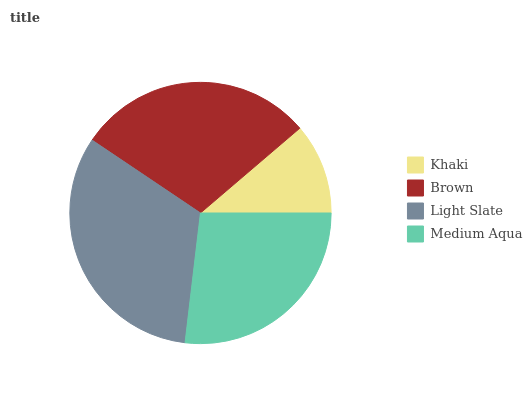
| Khaki | Brown | Light Slate | Medium Aqua |
 | --- | --- | --- | --- |
 | 11.3% | 29.3% | 32.5% | 26.9% |